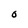
Character: 0